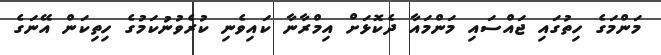
މަންމަގެ ހިތުގައި ޖައްސައި މަންމައާ ދެކޮޅަށް އިމްރާނާ ކައިވެނި ކުރެވުނުކަމުގެ ހިތިކަން އޭނަގެ